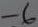
Text: -6